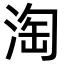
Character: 淘